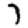
Digit: 7